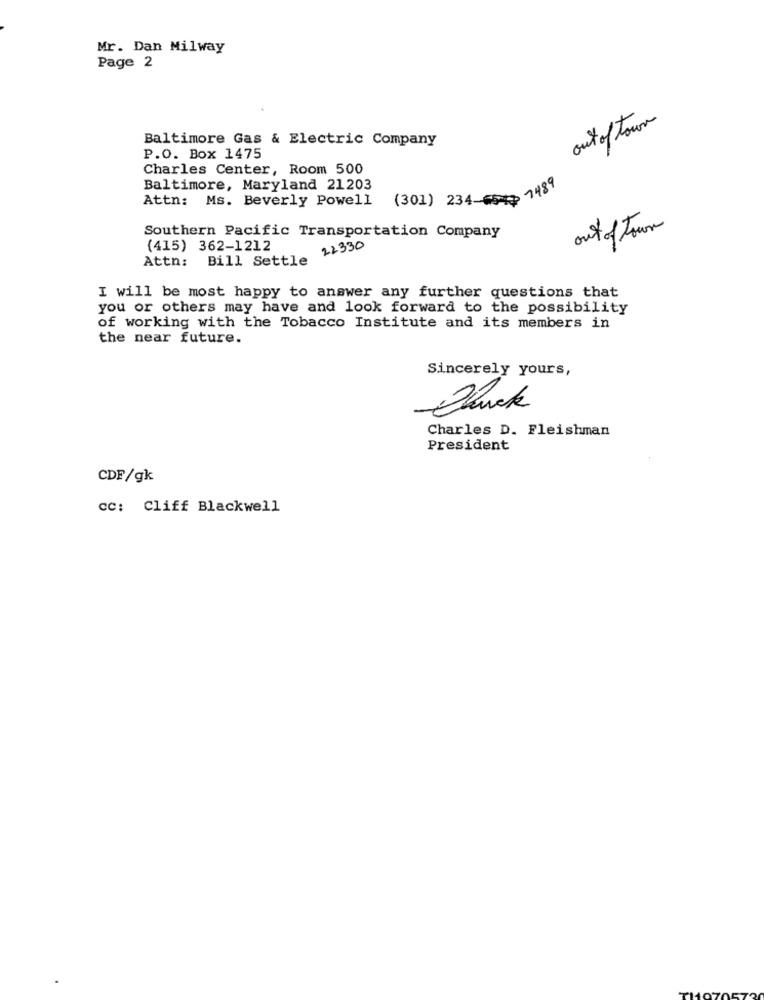
Mr. Dan Milway
Page 2
out of town
Baltimore Gas & Electric Company
P.O. Box 1475
Charles Center, Room 500
Baltimore, Maryland 21203
Attn: Ms. Beverly Powell
(301) 234-554 1489
out of town
Southern Pacific Transportation Company
(415) 362-1212
22330
Attn: Bill Settle
I will be most happy to answer any further questions that
you or others may have and look forward to the possibility
of working with the Tobacco Institute and its members in
the near future.
Sincerely yours,
Charles D. Fleishman
President
CDF/gk
cc: Cliff Blackwell